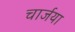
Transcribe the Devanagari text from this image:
चार्जया